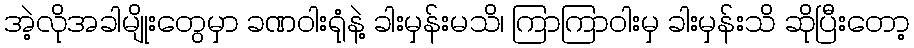
အဲ့လိုအခါမျိုးတွေမှာ ခဏဝါးရုံနဲ့ ခါးမှန်းမသိ၊ ကြာကြာဝါးမှ ခါးမှန်းသိ ဆိုပြီးတော့